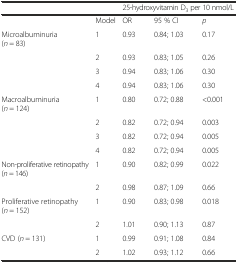
<table><thead><tr><td>[EMPTY_CELL]</td><td>[EMPTY_CELL]</td><td colspan="3"><b>25-hydroxyvitamin D<sub>3</sub> per 10 nmol/L</b></td></tr></thead><tbody><tr><td>[EMPTY_CELL]</td><td>Model</td><td>OR</td><td>95 % CI</td><td><i>p</i></td></tr><tr><td>Microalbuminuria (<i>n</i> = 83)</td><td>1</td><td>0.93</td><td>0.84; 1.03</td><td>0.17</td></tr><tr><td>[EMPTY_CELL]</td><td>2</td><td>0.93</td><td>0.83; 1.05</td><td>0.26</td></tr><tr><td>[EMPTY_CELL]</td><td>3</td><td>0.94</td><td>0.83; 1.06</td><td>0.30</td></tr><tr><td>[EMPTY_CELL]</td><td>4</td><td>0.94</td><td>0.83; 1.06</td><td>0.30</td></tr><tr><td>Macroalbuminuria (<i>n</i> = 124)</td><td>1</td><td>0.80</td><td>0.72; 0.88</td><td>&lt;0.001</td></tr><tr><td>[EMPTY_CELL]</td><td>2</td><td>0.82</td><td>0.72; 0.94</td><td>0.003</td></tr><tr><td>[EMPTY_CELL]</td><td>3</td><td>0.82</td><td>0.72; 0.94</td><td>0.005</td></tr><tr><td>[EMPTY_CELL]</td><td>4</td><td>0.82</td><td>0.72; 0.94</td><td>0.005</td></tr><tr><td>Non-proliferative retinopathy (<i>n</i> = 146)</td><td>1</td><td>0.90</td><td>0.82; 0.99</td><td>0.022</td></tr><tr><td>[EMPTY_CELL]</td><td>2</td><td>0.98</td><td>0.87; 1.09</td><td>0.66</td></tr><tr><td>Proliferative retinopathy (<i>n</i> = 152)</td><td>1</td><td>0.90</td><td>0.83; 0.98</td><td>0.018</td></tr><tr><td>[EMPTY_CELL]</td><td>2</td><td>1.01</td><td>0.90; 1.13</td><td>0.87</td></tr><tr><td>CVD (<i>n</i> = 131)</td><td>1</td><td>0.99</td><td>0.91; 1.08</td><td>0.84</td></tr><tr><td>[EMPTY_CELL]</td><td>2</td><td>1.02</td><td>0.93; 1.12</td><td>0.66</td></tr></tbody></table>